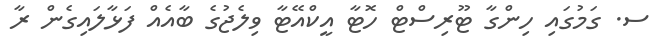
ސ. ގަމުގައި ހިންގާ ޓޫރިސްޓް ހޮޓާ އީކްއޭޓާ ވިލެޖުގެ ބާއެއް ފަޅާލައިގެން ރާ